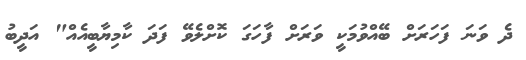
ދެ ވަނަ ފަހަރަށް ބޭއްވުމަކީ ވަރަށް ފާހަގަ ކޮށްލެވޭ ފަދަ ކާމިޔާބީއެއް" އަދީބު